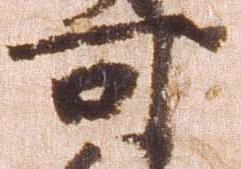
可